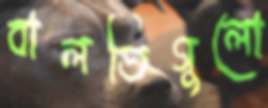
বালতিগুলো